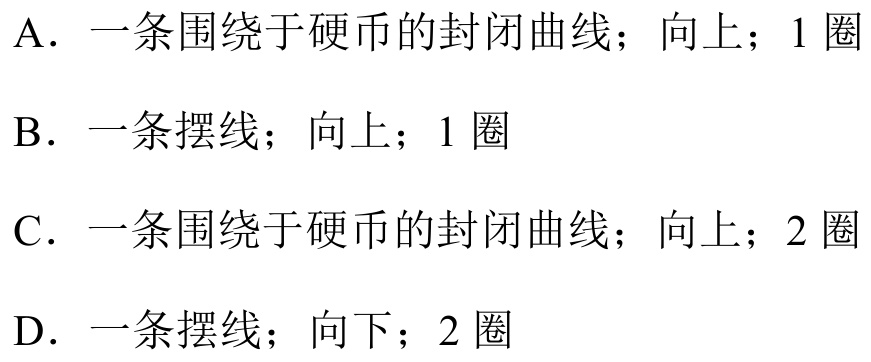
A. 一条围绕于硬币的封闭曲线；向上；1圈
B. 一条摆线；向上；1圈
C. 一条围绕于硬币的封闭曲线；向上；2圈
D. 一条摆线；向下；2圈